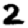
Digit: 2